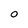
Character: O